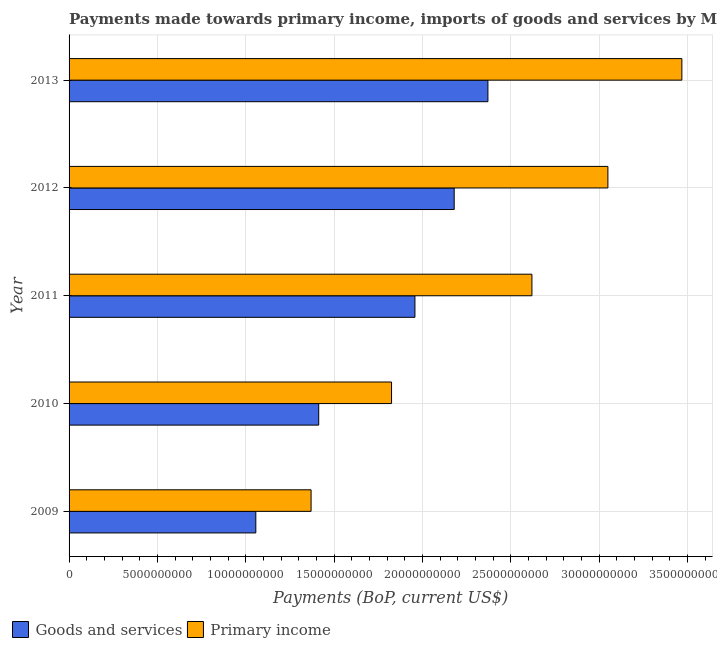
| Year | Goods and services | Primary income |
 | --- | --- | --- |
 | 2009 | 1.06e+10 | 1.37e+10 |
 | 2010 | 1.41e+10 | 1.83e+10 |
 | 2011 | 1.96e+10 | 2.62e+10 |
 | 2012 | 2.18e+10 | 3.05e+10 |
 | 2013 | 2.37e+10 | 3.47e+10 |